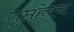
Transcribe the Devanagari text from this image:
गुप्तहेरच